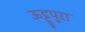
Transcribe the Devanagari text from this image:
ऊट्टुपुरा